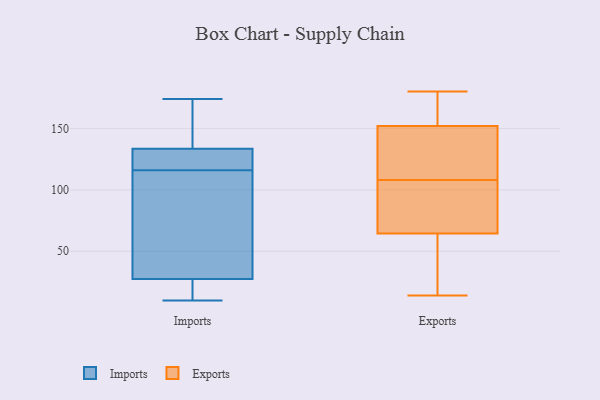
{"axis": {"x": "Humidity (%)", "y": "Value"}, "legend": ["Exports", "Imports"], "data": [{"x": "", "y": 10, "type": "Imports"}, {"x": "", "y": 25, "type": "Imports"}, {"x": "", "y": 135, "type": "Imports"}, {"x": "", "y": 116, "type": "Imports"}, {"x": "", "y": 47, "type": "Imports"}, {"x": "", "y": 170, "type": "Imports"}, {"x": "", "y": 174, "type": "Imports"}, {"x": "", "y": 35, "type": "Imports"}, {"x": "", "y": 123, "type": "Imports"}, {"x": "", "y": 129, "type": "Imports"}, {"x": "", "y": 16, "type": "Imports"}, {"x": "", "y": 150, "type": "Exports"}, {"x": "", "y": 111, "type": "Exports"}, {"x": "", "y": 167, "type": "Exports"}, {"x": "", "y": 14, "type": "Exports"}, {"x": "", "y": 171, "type": "Exports"}, {"x": "", "y": 93, "type": "Exports"}, {"x": "", "y": 68, "type": "Exports"}, {"x": "", "y": 64, "type": "Exports"}, {"x": "", "y": 157, "type": "Exports"}, {"x": "", "y": 119, "type": "Exports"}, {"x": "", "y": 180, "type": "Exports"}, {"x": "", "y": 27, "type": "Exports"}, {"x": "", "y": 123, "type": "Exports"}, {"x": "", "y": 47, "type": "Exports"}, {"x": "", "y": 154, "type": "Exports"}, {"x": "", "y": 138, "type": "Exports"}, {"x": "", "y": 105, "type": "Exports"}, {"x": "", "y": 95, "type": "Exports"}, {"x": "", "y": 65, "type": "Exports"}, {"x": "", "y": 49, "type": "Exports"}]}